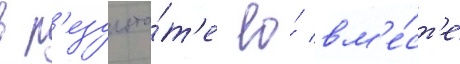
в р'езульта́т'е ео́ вм'е́ст'е